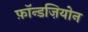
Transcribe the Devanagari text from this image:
फ़ॉन्डज़ियोन